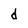
Character: d